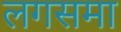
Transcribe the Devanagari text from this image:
लगसमा